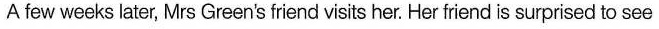
A few weeks later, Mrs Green's friend visits her. Her friend is surprised to see